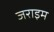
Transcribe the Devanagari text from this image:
जराइम